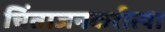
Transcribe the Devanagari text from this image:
चिंताजनकरीत्या